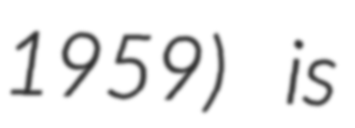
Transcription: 1959) is